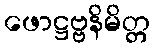
ဖောဋ္ဌဗ္ဗနိမိတ္တ